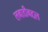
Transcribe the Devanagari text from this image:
लबाडीबद्दल